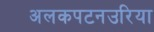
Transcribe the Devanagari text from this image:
अलकपटनउरिया